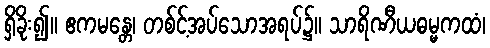
ရှိခိုး၍။ ဧကမန္တေ၊ တစ်င့်အပ်သောအရပ်၌။ သာရိဏီယဓမ္မကထံ၊